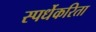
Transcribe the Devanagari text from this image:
स्पर्धेकरिता